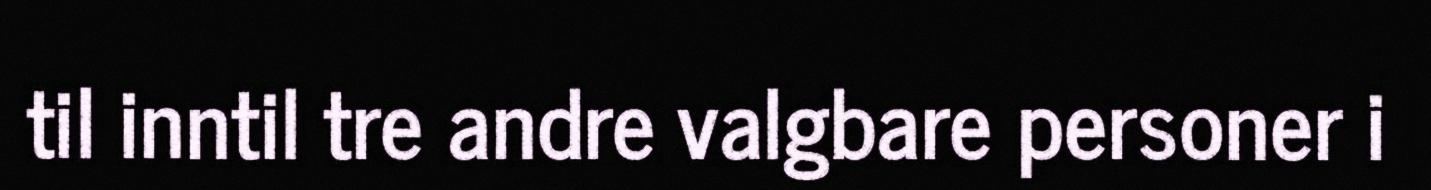
til inntil tre andre valgbare personer i